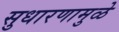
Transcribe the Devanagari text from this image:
सुधारणामुळे